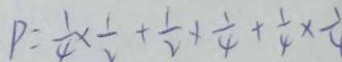
P = \frac { 1 } { 4 } \times \frac { 1 } { 2 } + \frac { 1 } { 2 } \times \frac { 1 } { 4 } + \frac { 1 } { 4 } \times \frac { 1 } { 4 }